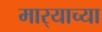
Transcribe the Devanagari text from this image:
मार्‍याच्या